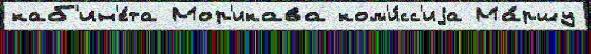
каб'ин'е́та Мор'икава ком'и́сс'иjа Ма́ршу